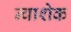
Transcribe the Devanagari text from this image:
न्वाशेक